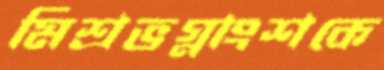
মিশ্রভগ্নাংশকে